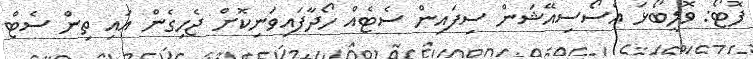
ފޮޓޯ: ވޮލީބޯޅަ އެސޯސިއޭޝަން ސިފައިން ސެޓެއް ހޯދާފައިވަނިކޮށް ޖެހިގެން އައި ތިން ސެޓް